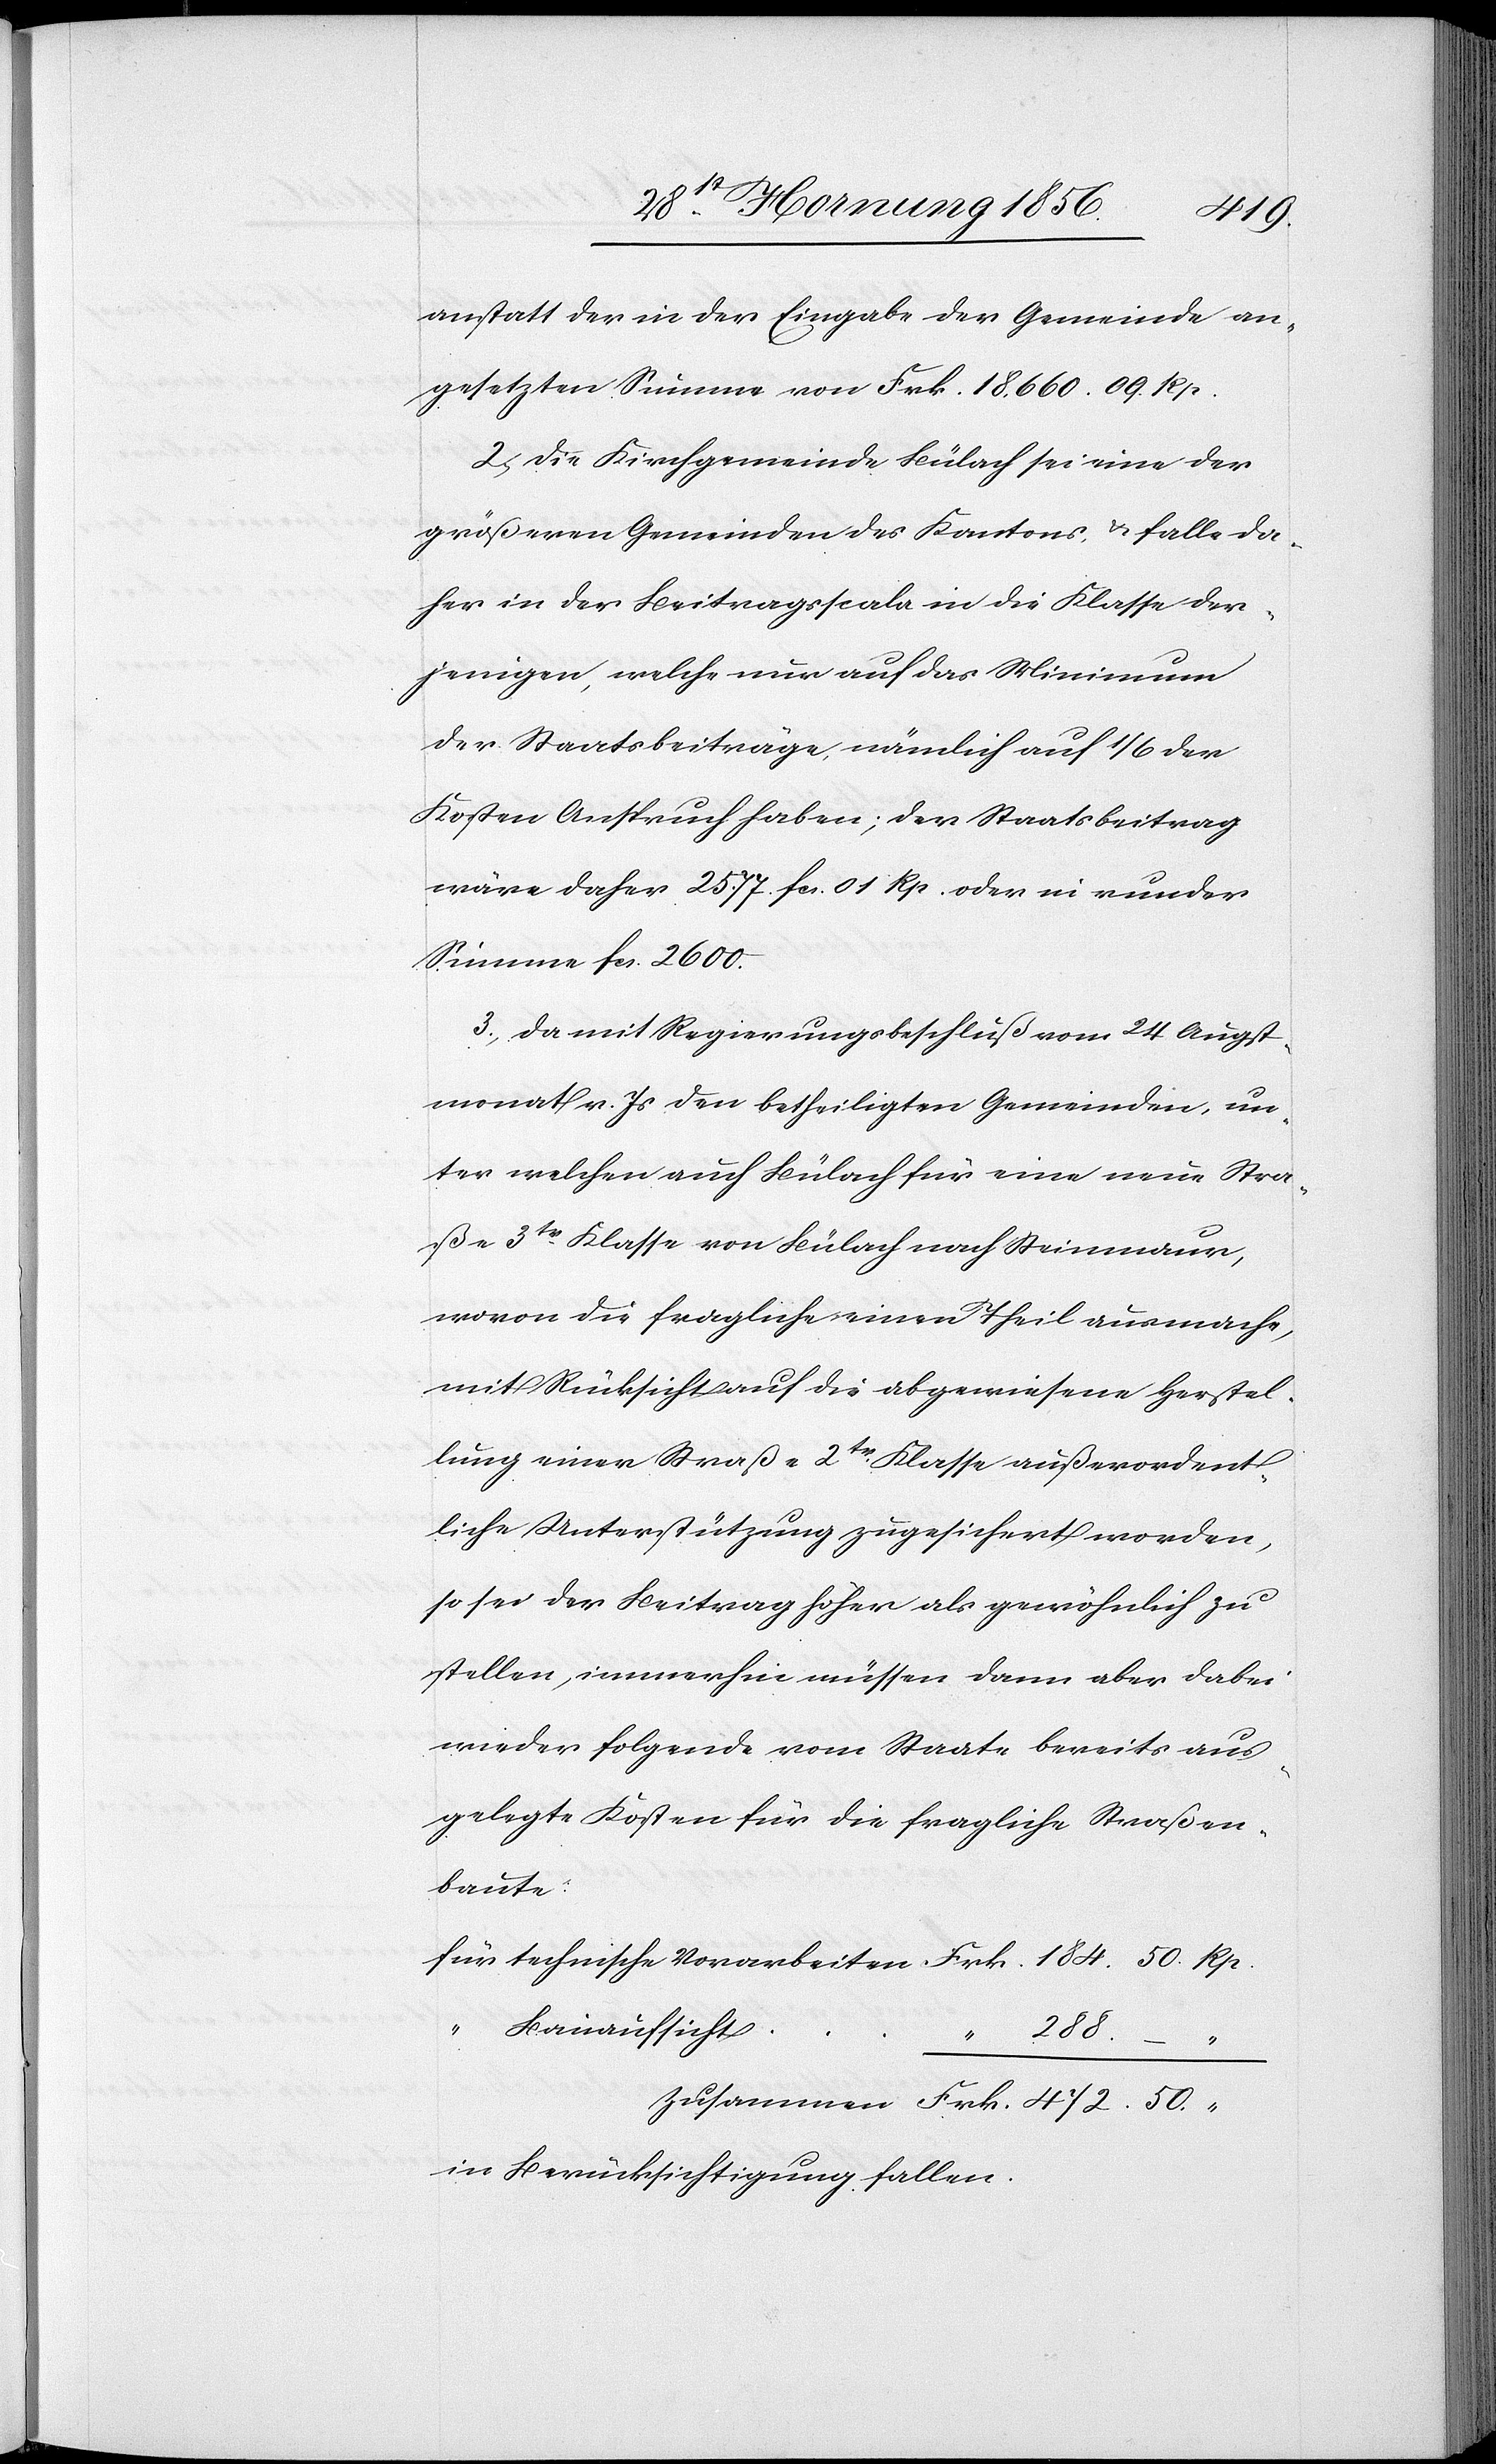
anstatt der in der Eingabe der Gemeinde an¬
gesetzten Summe von Frk. 18,660. 09 Rp.
2., Die Kirchgemeinde Bülach sei eine der
größeren Gemeinden des Kantons, u. falle da¬
her in der Beitragsscala in die Klasse der¬
jenigen, welche nur auf das Minimum
der Staatsbeiträge, nämlich auf 1/6 der
Kosten Anspruch haben; der Staatsbeitrag
wäre daher 25.77. fcs. 01 Rp. oder in runder
Summe fcs. 2600.
3., Da mit Regierungsbeschluß vom 24 Augst¬
monat v. Js den betheiligten Gemeinden, un¬
ter welchen auch Bülach für eine neue Stra¬
ße 3tr Klasse von Bülach nach Steinmaur,
wovon die fragliche einen Theil ausmache,
mit Rücksicht auf die abgewiesene Herstel¬
lung einer Straße 2tr Klasse ausserordent¬
liche Unterstützung zugesichert worden,
so sei der Beitrag höher als gewöhnlich zu
stellen, immerhin müssen dann aber dabei
wieder folgende vom Staate bereits aus¬
gelegte Kosten für die fragliche Straßen¬
baute:
für technische Vorarbeiten	Frk. 184. 50. Rp.
“ Bauaufsicht
“ 288.
Zusammen	Frk. 472. 50. “
in Berücksichtigung fallen.